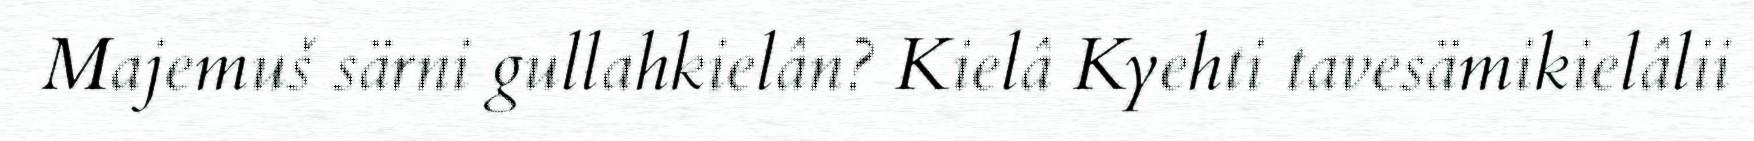
Majemuš särni gullahkielân? Kielâ Kyehti tavesämikielâlii